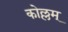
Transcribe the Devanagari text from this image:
कोल्लम्